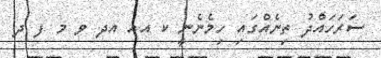
ސަރަހައްދު ތިނެއްގައި ހިމެނެނީ ކ އއ އދ ވ މ ފ ދ